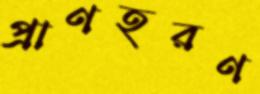
প্রাণহরণ